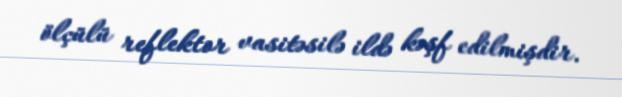
ölçülü reflektor vasitəsilə ildə kəşf edilmişdir.